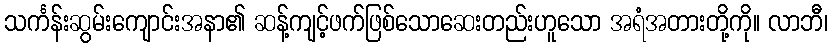
သင်္ကန်းဆွမ်းကျောင်းအနာ၏ ဆန့်ကျင့်ဖက်ဖြစ်သောဆေးတည်းဟူသော အရံအတားတို့ကို။ လာဘီ၊